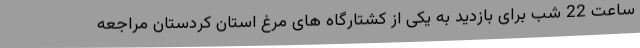
ساعت 22 شب برای بازدید به یکی از کشتارگاه های مرغ استان کردستان مراجعه